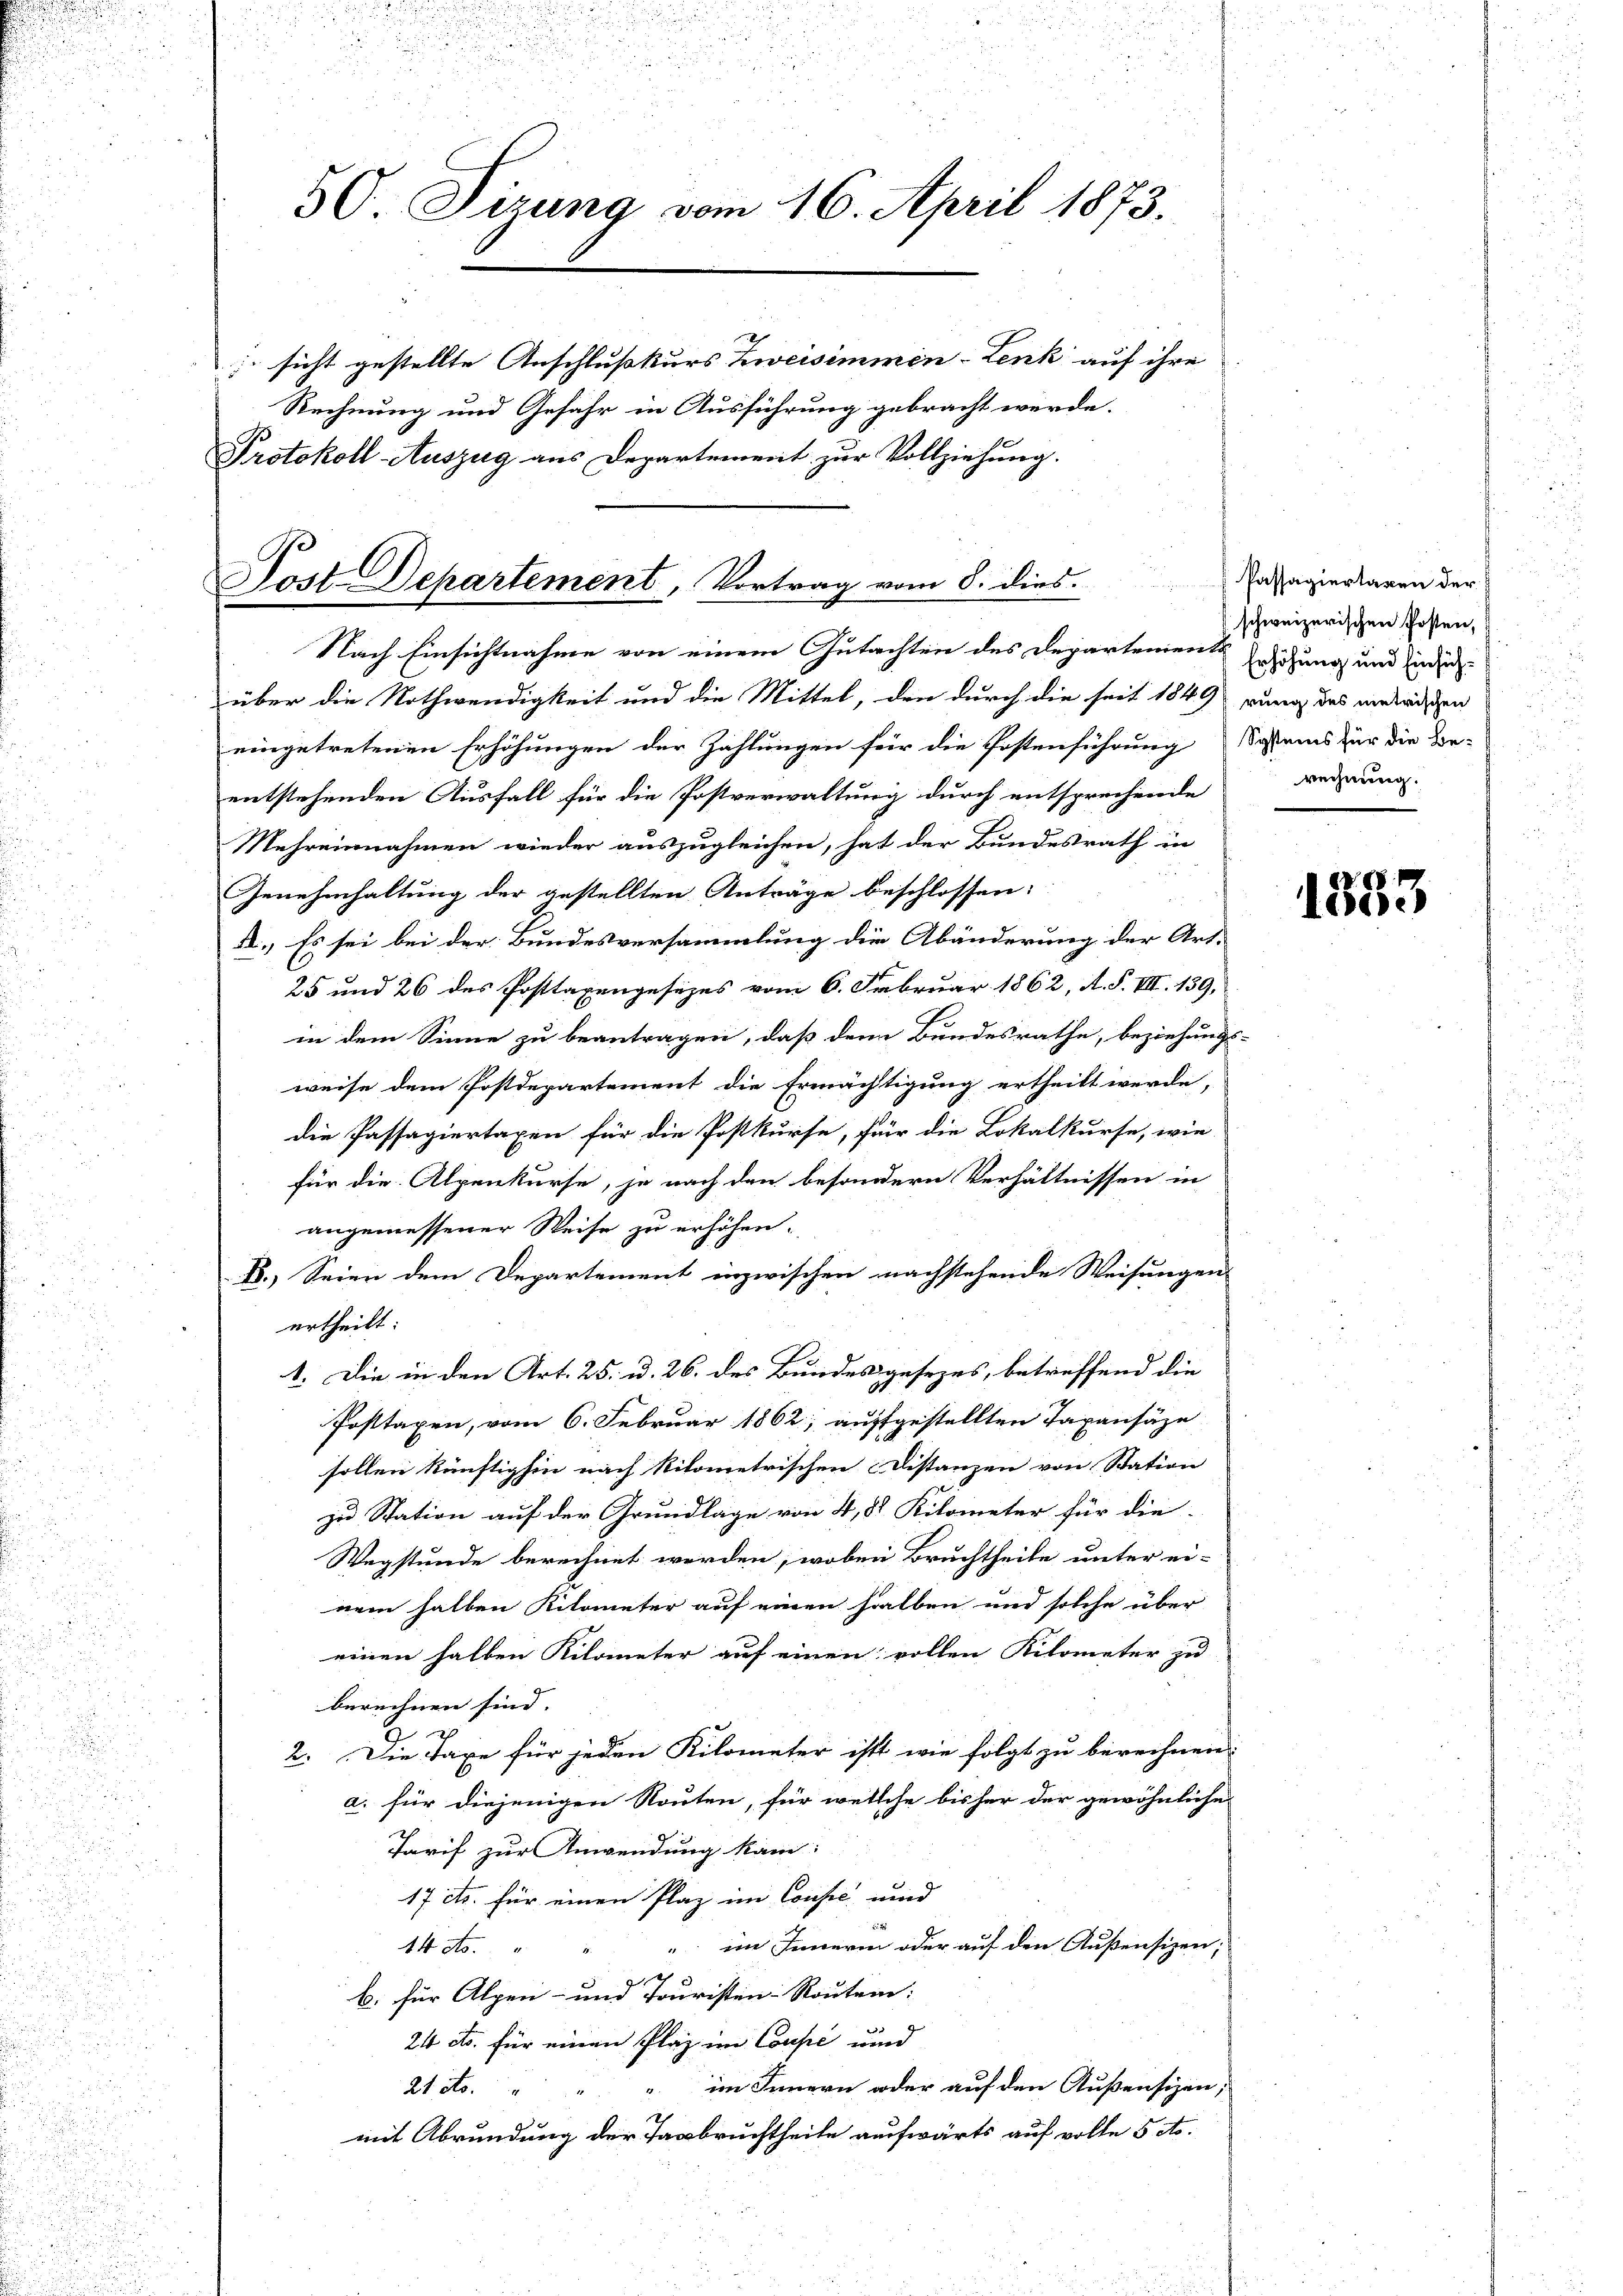
.
u
i
50. Sizung vom 16. April 1873.
sicht gestellte Anschlußkurs Zweisimmen-Lenk auf ihre
Rechnung und Gefahr in Ausführung gebracht werde.
Protokoll Auszug aus Departement zur Vollziehung.

Post-Departement, Vortrag vom 8. dies

Nach Einsichtnahme von einem Gutachten des Departements
über die Nothwendigkeit und die Mittel, den durch die seit 1849 rung des entrischen
eingetretenen Erhöhungen der Zahlungen für die Postenführung Speis für die Be-
entstehenden Ausfall für die Postverwaltung durch entsprechende Reinung.
Mehreinnahmen wieder auszugleichen, hat der Bundesrath in
2
Genehmhaltung der gestellten Anträge beschlossen:
A.) Es sei bei der Bundesversammlung die Abänderung der Art.
25 und 26 des Posttaxengesezes vom 6. Februar 1862, A. S. VII. 139,
in dem Sinne zu beantragen, daß denn Bundesrathe, beziehungs-
weise dem Postdepartement die Ermächtigung ertheilt werde,
die Passagiertaxen für die Postkurse, für die Lokalkurse, wie
für die Alpenkurse, je nach den besondern Verhältnissen in
angemessener Weise zu erhöhen.
B.) Seien dem Departement inzwischen nachstehende Weisungen
urtheilt:
1. Die in den Art. 25. u. 26. des Bundesgesezes, betreffend die
Posttaxen, vom 6. Februar 1862; aufgestellten Taxansäze
sollen künftighin nach Kilometrischen Distanzen von Station
zu Station auf der Grundlage von 4, 8 Kilometer für die-
Wegstunde berechnet werden, wobei Bruchtheile unter ei-
nem halben Kilometer auf einen halben und solche über
einen halben Kilometer auf einen vollen Kilometer zu
berechnen sind. |
x
2. Die Taxe für jeden Kilometer ist wie folgt zu berechnen.
a. für diejenigen Routen, für welche bisher der gewöhnliche
Tarif zur Anwendung kam:
17 cts. für einen Plaz im Consis und
im Innerin oder auf den Außensizen;
14 No.
2
ch
b. für Alpen- und Touristen-Routen:
e
20 cts. für einen Plaz im Coupé und
" im Innern oder auf den Außensizen,
21. ds.
mit Abrundung der Tagbruchtheite aufwärts auf volle 5 etc.

u

Passagiertaxen der
schweizerischen Posten,
Erhöhung und Einfüh¬

1333